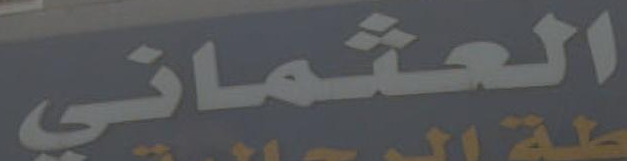
العثماني